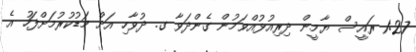
1:27 ރައީސް ޔާމީން ދިރިއުޅުއްވަމުން ގެންދަވާ ގ. ދުވާހި އަށް މަޑުކުރުމަށްފަހު އެ